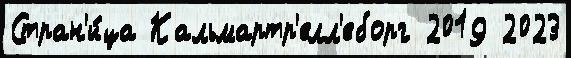
Стран'и́ца Кальмартр'елл'еборг 2019 2023